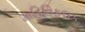
માહિતિફલક